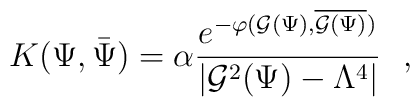
{K}(\Psi,\bar \Psi)=\alpha{e^{-\varphi({\cal G}(\Psi),\overline{{\cal G}(\Psi)})}\over |{\cal G}^2(\Psi) - \Lambda^4|}\ \ ,